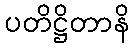
ပတိဋ္ဌိတာနိ